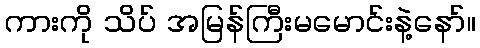
ကားကို သိပ် အမြန်ကြီးမမောင်းနဲ့နော်။